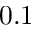
0 . 1